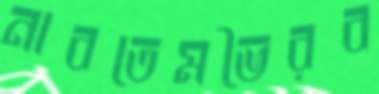
নাবতেমভৈরব